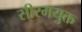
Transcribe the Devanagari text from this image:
सीरमयुक्त